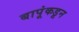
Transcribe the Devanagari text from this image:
बापूंकडून